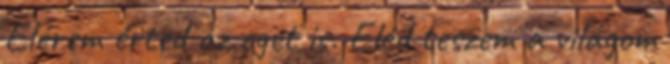
Elérem érted az eget is. Eléd teszem a világom